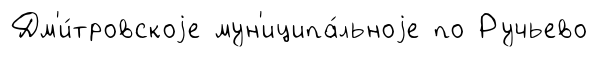
Дм'и́тровскоjе мун'иципа́льноjе по Ручьево